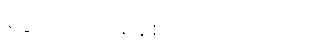
ငွေကြေးကို စနစ်တကျ သုံးတယ်။